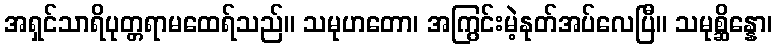
အရှင်သာရိပုတ္တရာမထေရ်သည်။ သမုဟတော၊ အကြွင်းမဲ့နုတ်အပ်လေပြီ။ သမုစ္ဆိန္နော၊